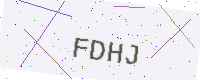
Text: FDHJ